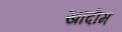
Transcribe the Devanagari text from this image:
खादीम